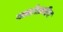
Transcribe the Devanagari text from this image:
वार्तालापीय